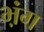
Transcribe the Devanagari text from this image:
भ़ंग